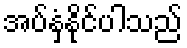
အပ်နှံနိုင်ပါသည်